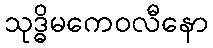
သုဒ္ဓိမကေဝလီနော